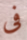
فى